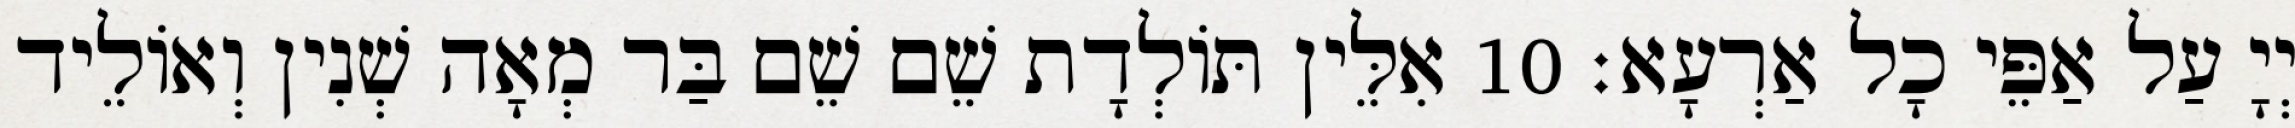
יְיָ עַל אַפֵּי כָל אַרְעָא׃ 10 אִלֵּין תּוֹלְדָת שֵׁם שֵׁם בַּר מְאָה שְׁנִין וְאוֹלֵיד